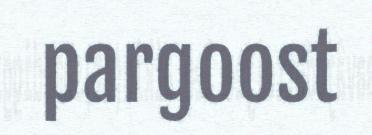
pargoost